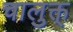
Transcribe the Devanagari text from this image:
चालुक्त्